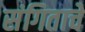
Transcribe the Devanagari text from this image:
संगिताचे